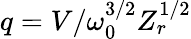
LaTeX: q=V/\omega_{0}^{3/2}Z_{r}^{1/2}